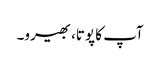
آپ کا پوتا، بھیرو۔